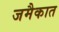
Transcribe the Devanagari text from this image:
जमैकात